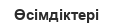
Өсімдіктері